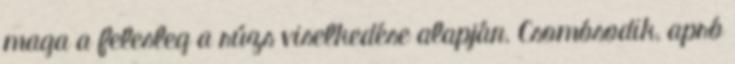
maga a felesleg a rúzs viselkedése alapján. Csomósodik, apró